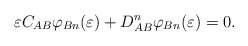
\begin{align*}\varepsilon C_{AB} \varphi_{Bn}(\varepsilon )+D^n_{AB}\varphi_{Bn}(\varepsilon )=0. \end{align*}